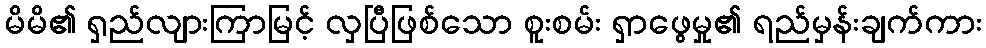
မိမိ၏ ရှည်လျားကြာမြင့် လှပြီဖြစ်သော စူးစမ်း ရှာဖွေမှု၏ ရည်မှန်းချက်ကား